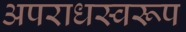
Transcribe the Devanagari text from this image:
अपराधस्वरूप